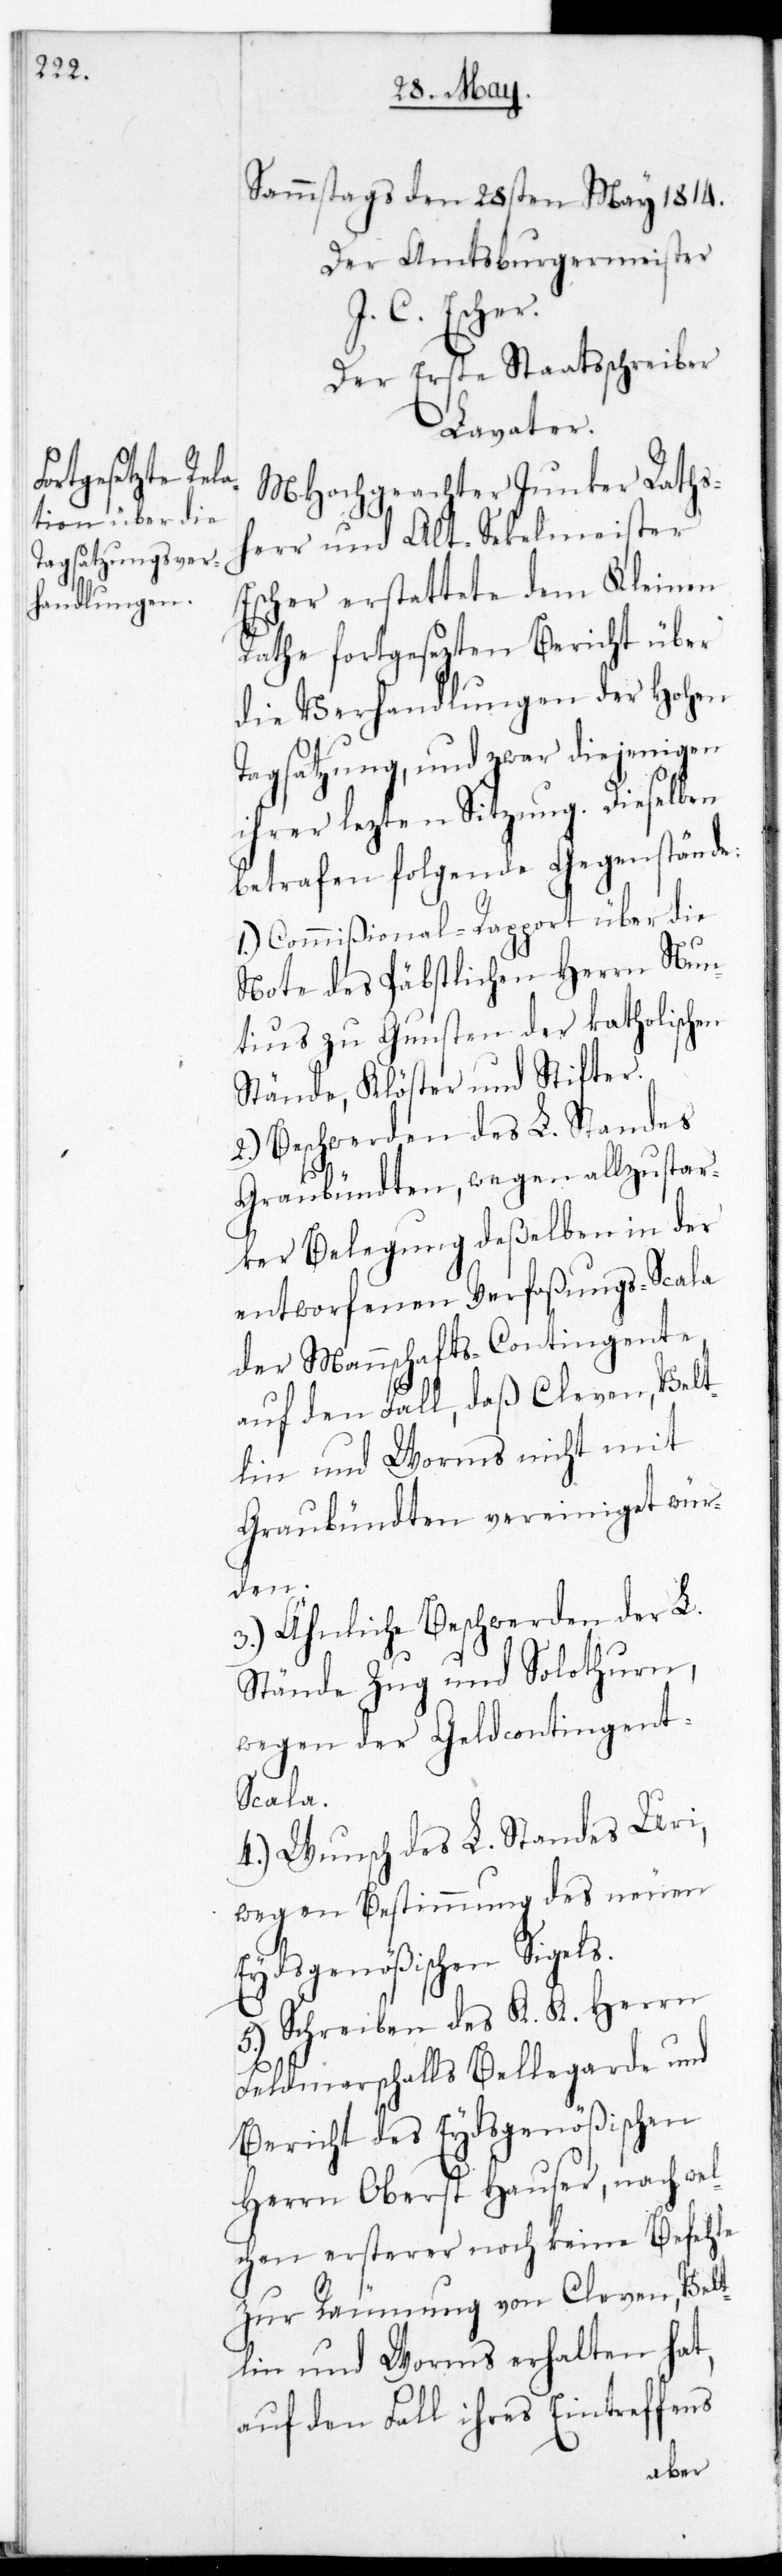
Sammstags den 28sten May 1814.
Der Amtsburgermeister.
J. C. Escher.
Der erste Staatsschreiber.
Lavater.
MHochgeachter Junker Rathsh¬
err und Alt-Seckelmeister
Escher erstattete dem Kleinen
Rathe fortgesezten Bericht über
die Verhandlungen der Hohen
Tagsatzung, und zwar diejenigen
ihrer letzten Sitzung. Dieselben
betrafen folgende Gegenstände:
1.) Commißional-Rapport über die
Note des Päbstlichen Herrn Nun¬
tius zu Gunsten der katholischen
Stände, Klöster und Stifter.
2.) Beschwerden des L. Standes
Graubündten, wegen allzu star¬
ker Belegung deßelben in der
entworfenen Verfaßungs-Scala
der Mannschafts-Contingente,
auf den Fall, daß Cleven, Velt¬
lin und Worms nicht mit
Graubündten vereiniget wür¬
den.
3.) Ähnliche Beschwerden der L.
Stände Zug und Solothurn,
wegen der Geldcontingen¬
t-Scala.
4.) Wunsch des L. Standes Uri,
wegen Bestimmung des neuen
Eydsgenößischen Siegels.
5.) Schreiben des K. K. Herrn
Feldmarschalls Bellegarde und
Bericht des Eydsgenößischen
Herrn Oberst Hauser, nach wel¬
chen ersterer noch keine Befehle
zur Räumung von Cleven, Velt¬
lin und Worms erhalten hat,
auf den Fall ihres Eintreffens